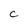
Character: c